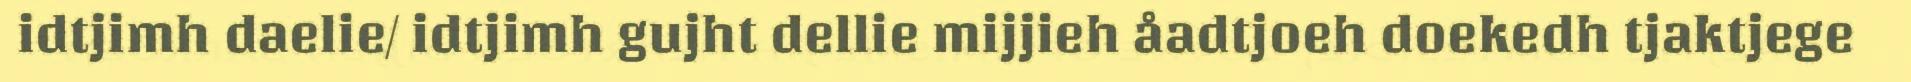
idtjimh daelie/ idtjimh gujht dellie mijjieh åadtjoeh doekedh tjaktjege